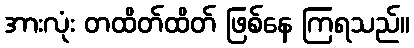
အားလုံး တထိတ်ထိတ် ဖြစ်နေ ကြရသည်။